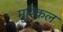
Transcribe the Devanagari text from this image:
मुश्‍किल